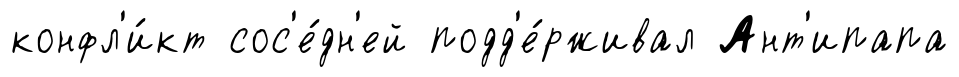
конфл'и́кт сос'е́дн'ей подд'е́рживал Ант'ипапа